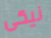
نيكى